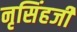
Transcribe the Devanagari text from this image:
नृसिंहजी